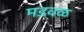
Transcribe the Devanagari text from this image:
मडवळ